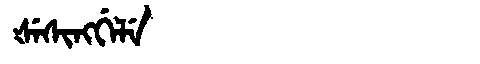
Manchu: ᡧᡝᠰᡳᠩᡤᡝᠯᡝ
Romanization: ŠESINGGELE